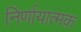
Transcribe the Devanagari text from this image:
निर्णायात्मक